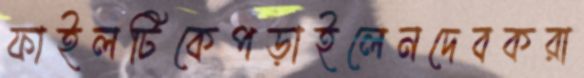
ফাইলটিকেপড়াইলেনদেবকরা